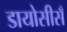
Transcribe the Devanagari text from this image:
डायोसीसँ